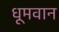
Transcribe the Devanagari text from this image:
धूमवान